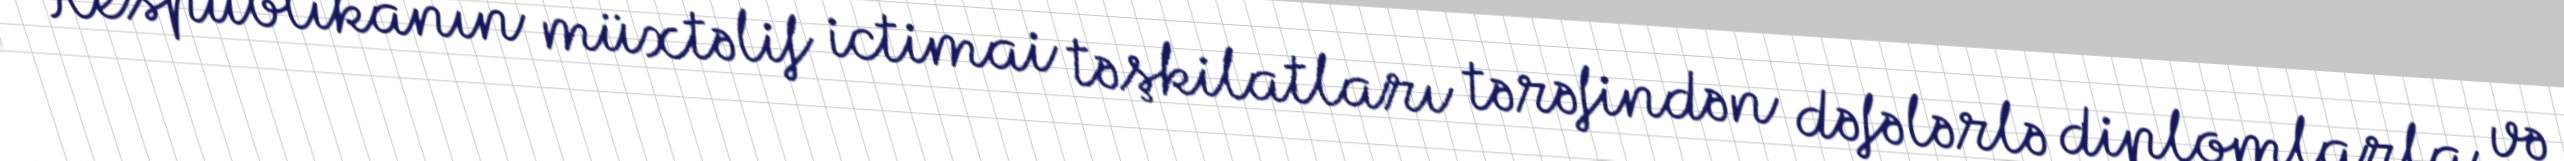
Respublikanın müxtəlif ictimai təşkilatları tərəfindən dəfələrlə diplomlarla və